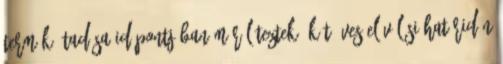
termék átadása időpontjában már léteztek. Két éves elévülési határidőn